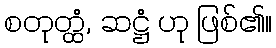
စတုတ္ထံ, ဆဋ္ဌံ ဟု ဖြစ်၏။